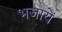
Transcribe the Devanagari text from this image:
भजायें